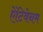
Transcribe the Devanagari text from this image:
ऐंटिवेनम